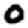
Digit: 0